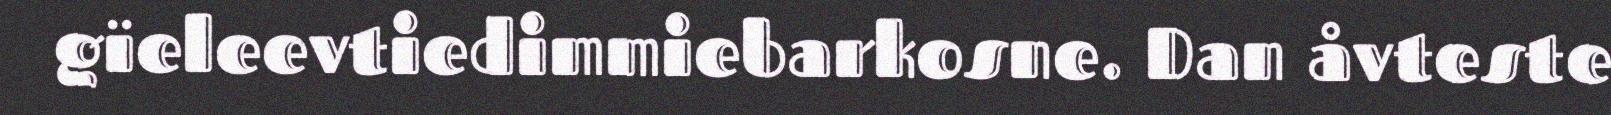
gïeleevtiedimmiebarkosne. Dan åvteste